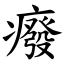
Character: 癈